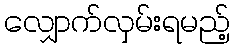
လျှောက်လှမ်းရမည့်